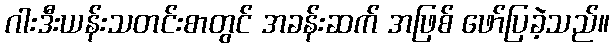
ဂါးဒီးယန်းသတင်းစာတွင် အခန်းဆက် အဖြစ် ဖော်ပြခဲ့သည်။